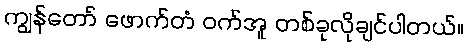
ကျွန်တော် ဖောက်တံ ဝက်အူ တစ်ခုလိုချင်ပါတယ်။